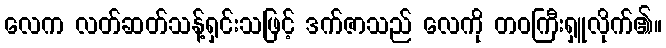
လေက လတ်ဆတ်သန့်ရှင်းသဖြင့် ဒက်ဇာသည် လေကို တဝကြီးရှူလိုက်၏။